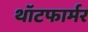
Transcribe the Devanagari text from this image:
थॉटफार्मर